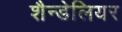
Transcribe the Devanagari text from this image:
शैन्डेलियर